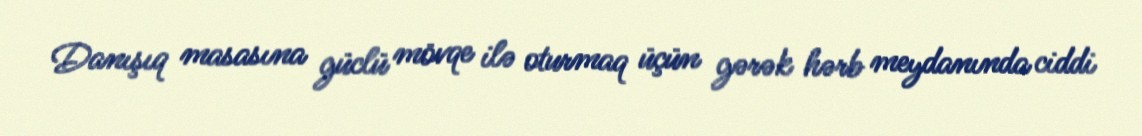
Danışıq masasına güclü mövqe ilə oturmaq üçün gərək hərb meydanında ciddi